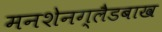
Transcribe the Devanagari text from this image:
मनशेनग्लैडबाख